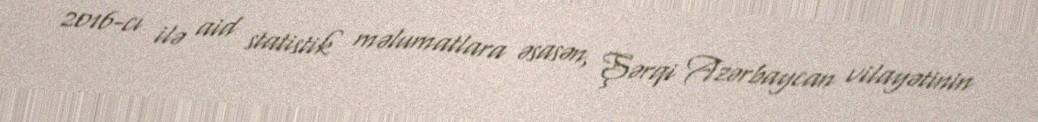
2016-cı ilə aid statistik məlumatlara əsasən, Şərqi Azərbaycan vilayətinin